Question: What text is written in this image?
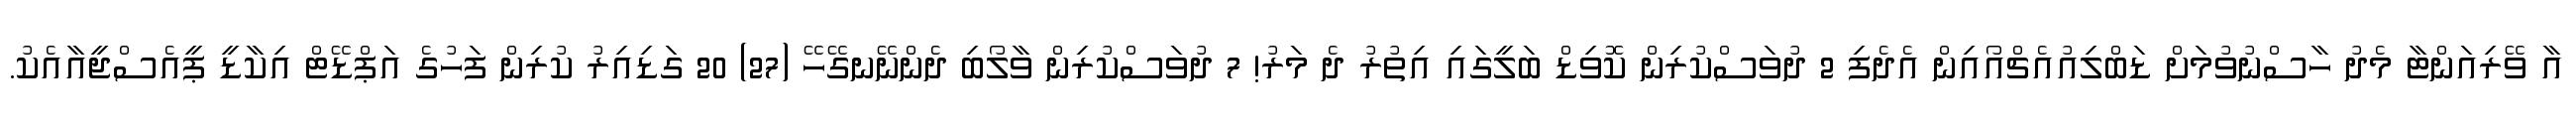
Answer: އާ ވޭރިއަންޓާ މެދު ހާސްނުވުމަށް ޑަބްލިއުއެޗްއޯއިން އެދެފި 2 ދުވަސްކުރިން ކޮވިޑް ބަލީގައި އިތުރު ދެ މަރު! 7 ދުވަސްކުރިން ވާލޯބި ދެންނޭނގޭހޭ (27) 20 ގަޑިއިރު ކުރިން ފަހުގެ އަޕްޑޭޓް އިކާޑީ ޕީއެސްޖީއާއެކު.